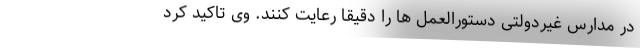
در مدارس غیردولتی دستورالعمل ها را دقیقا رعایت کنند. وی تاکید کرد